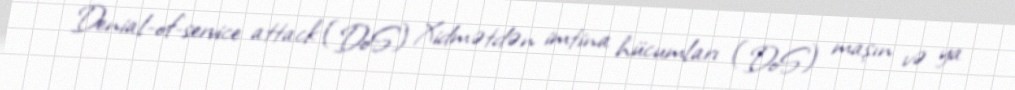
Denial-of-service attack (DoS) Xidmətdən imtina hücumları (DoS) maşın və ya